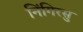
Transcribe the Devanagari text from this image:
निंगिरसु